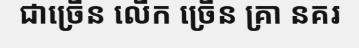
ជាច្រើន លើក ច្រើន គ្រា នគរ